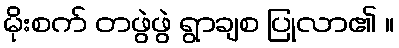
မိုးစက် တဖွဲဖွဲ ရွာချစ ပြုလာ၏ ။